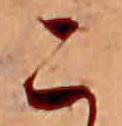
こ